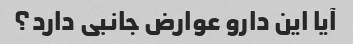
آیا این دارو عوارض جانبی دارد؟